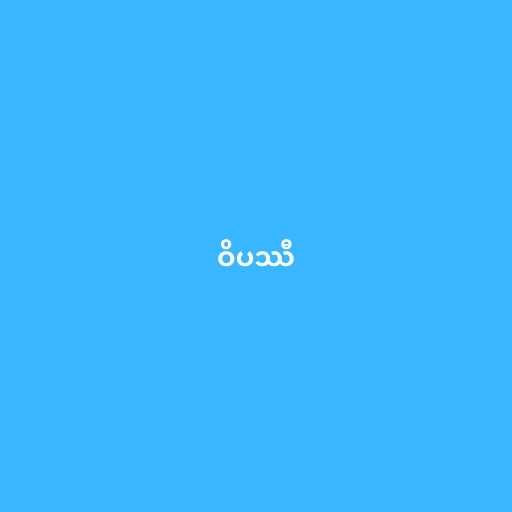
ဝိပဿီ